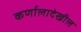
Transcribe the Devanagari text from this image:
कर्णालादेखील